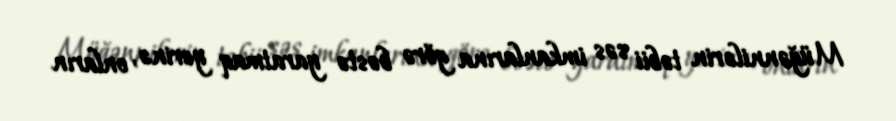
Müğənnilərin təbii səs imkanlarına görə bəstə yaratmaq yerinə, onların